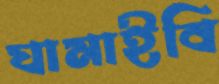
ঘামাইবি